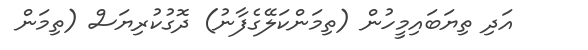
އަދި ތިޔަބައިމީހުން (ތިމަންކަލޭގެފާނު) ދޮގުކުރިޔަސް (ތިމަން